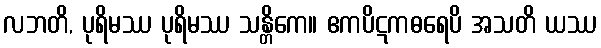
လဘတိ, ပုရိမဿ ပုရိမဿ သန္တိကေ။ ဧကပိဋကဓရေပိ အသတိ ယဿ